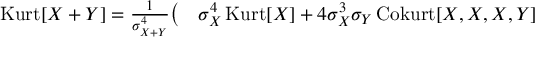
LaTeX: \begin{array} { r l } { \operatorname { K u r t } [ X + Y ] = { \frac { 1 } { \sigma _ { X + Y } ^ { 4 } } } { \big ( } } & { { } \sigma _ { X } ^ { 4 } \operatorname { K u r t } [ X ] + 4 \sigma _ { X } ^ { 3 } \sigma _ { Y } \operatorname { C o k u r t } [ X , X , X , Y ] } \end{array}